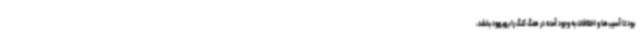
بود تا آسیب‌ها و اختلافات به وجود آمده در هنگ ‌کنگ را بهبهود بخشد،